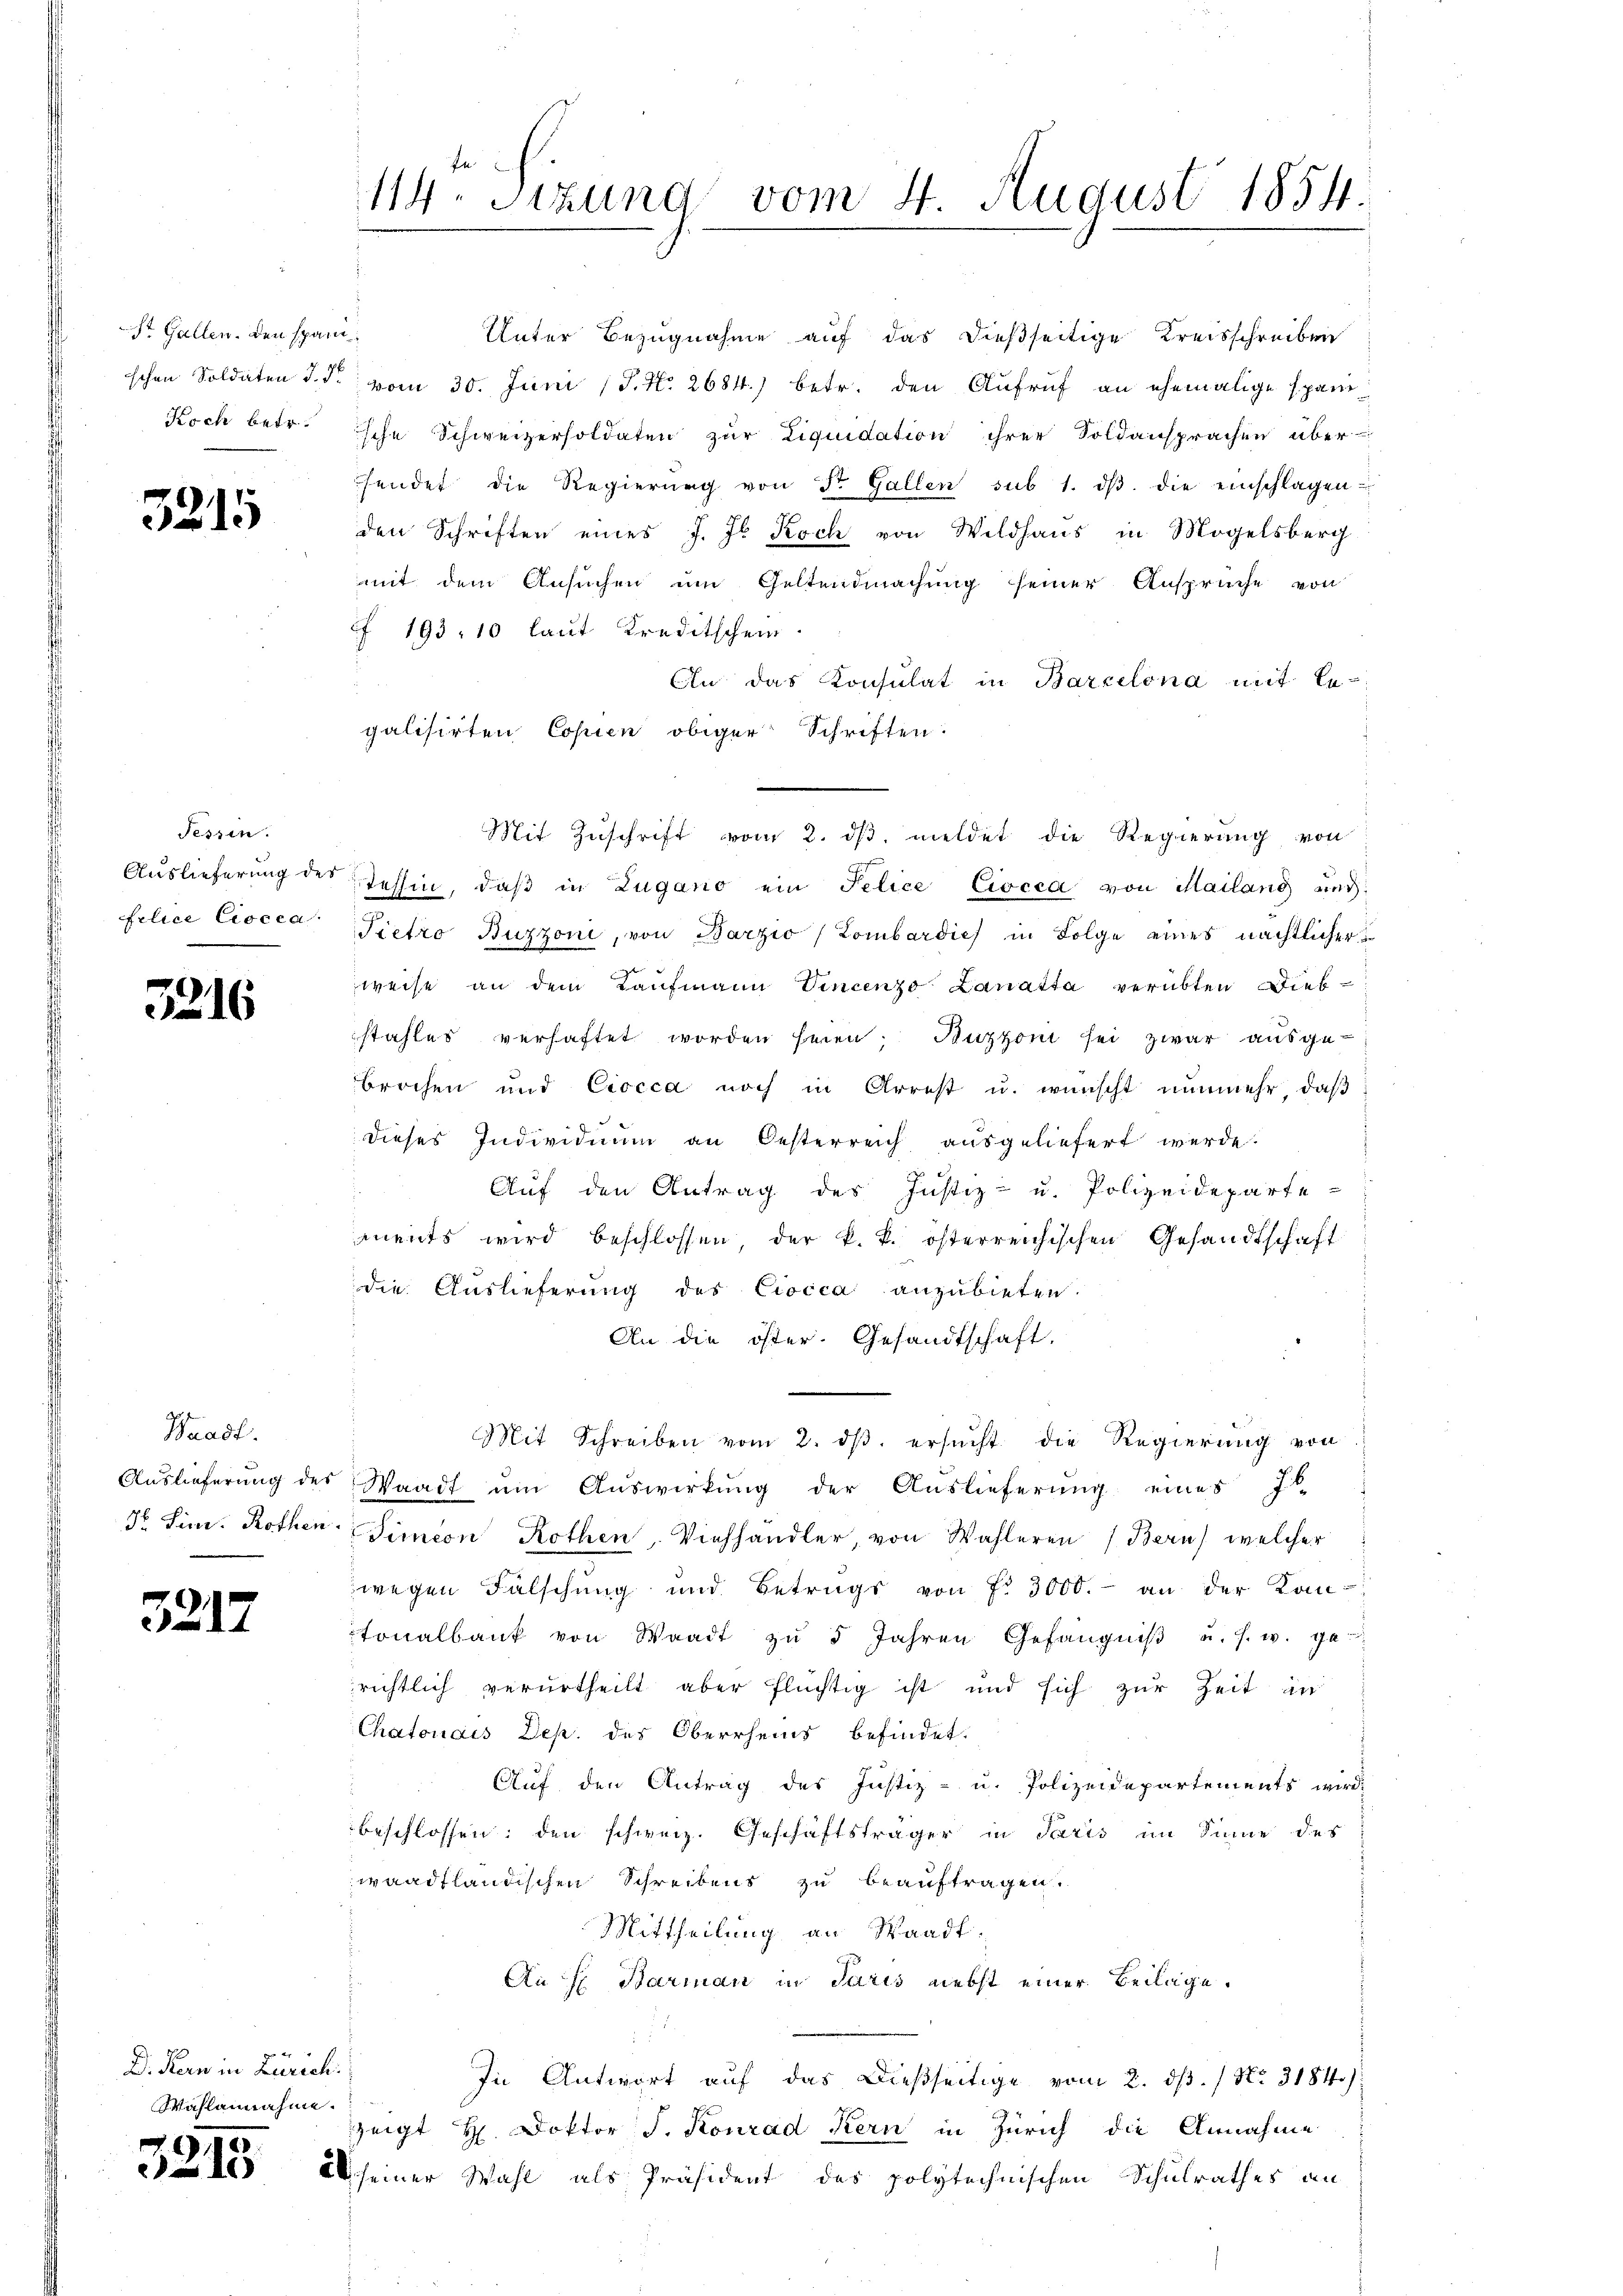
St. Gallen. Den spani¬
Koch betr.

3215

Tessin.

e
6

Waadt.

3212

D. Kern in Zürich.
Wahlannahme.

6
3213

En
114. Sitzung vom 4. August 1854.

Unter Bezugnahme auf das dießseitige Kreisschreiben
schen Soldaten d. J. vom 30. Juni (T. N. 2684.) betr. den Aufruf an ehemalige spanische Schweizersoldaten zŭr Liquidation ihrer Soldansprachen überhendet die Regierŭng von St. Gallen sub 1. dβ die einschlagen
den Schriften eines J. J. Koch von Wildhaus in Mögelsberg
mit dem Ansuchen um Geltendmachung seiner Ansprüche von
 193. 10 laut Kreditschein.
An das Konsulat in Barcelona mit le
galisirten Copien obiger Schriften.
Auslieferung des tessin, daβ in Zugano ein Felice Ciocca von Mailang und
folice Ciocca, Pietro Buzzoni, von Barzio Lombardić in Folge eines nächtlicher
weise an dem Kaufmann Vincenzo Lanatta verübten Diebstahles verhaftet worden heren; Buzzoni sei zwar ausge-
brochen und Ciocca noch in Arrest u. wünscht nŭnmehr, daβ
dieses Individuum an Oesterreich aŭsgeliefert werde.
Auf den Antrag des Justiz- u. Polizeideparte
ments wird beschlossen, der k. k. österreichischen Gesandtschaft
die Auslieferung des Civica anzubieten.
An die öster. Gesandtschaft.
Mit Schreiben vom 2. dβ. ersŭcht die Regierung von
Auslieferŭng des Waadt ŭm Aŭswirkŭng der Auslieferung eines J. b
d Sinn. Rothen Simeon Rothen, Viehhändler, von Wahleren (Bern, welcher
wegen Fälschung und Betrags von fr. 3000.- an der Kom-
tonalbank von Waadt zŭ 5 Jahren Gefängniβ u. s. w. ga
richtlich verurtheilt aber flüchtig ist und sich zur Zeit an
Chatonals Dep. des Oberrheins befindet.
Auf den Antrag des Justiz- u. Polizeidepartements wird
beschlossen: den schweiz. Geschäftsträger in Paris im Sinne des
waadtländischen Schreibens zu beauftragen.
Mittheilung an Waadt.
An f Barman in Paris nebst einer Beilage.
In Antwort auf das Dießseitige vom 2. dß. / No. 3184)
zeigt H. Doktor J. Konrad Kern in Zürich die Annahme
Ab seiner Wahl als Präsident des polytechnischen Schulrathes an

Mit Zuschrift vom 2. dβ meldet die Regierung von